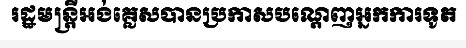
រដ្ឋមន្ត្រីអង់គ្លេសបានប្រកាសបណ្តេញអ្នកការទូត